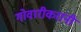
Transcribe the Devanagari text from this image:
गोवारीकरांनी